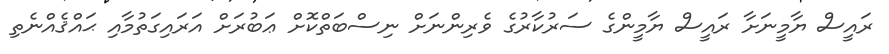
ރައީސް ޔާމީނަށާ ރައީސް ޔާމީންގެ ސަރުކާރުގެ ވެރިންނަށް ނިސްބަތްކޮށް ޢަބުރަށް އަރައިގަތުމާއި ޙައްޤެއްނެތި